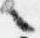
言